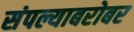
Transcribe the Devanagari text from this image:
संपल्याबरोबर